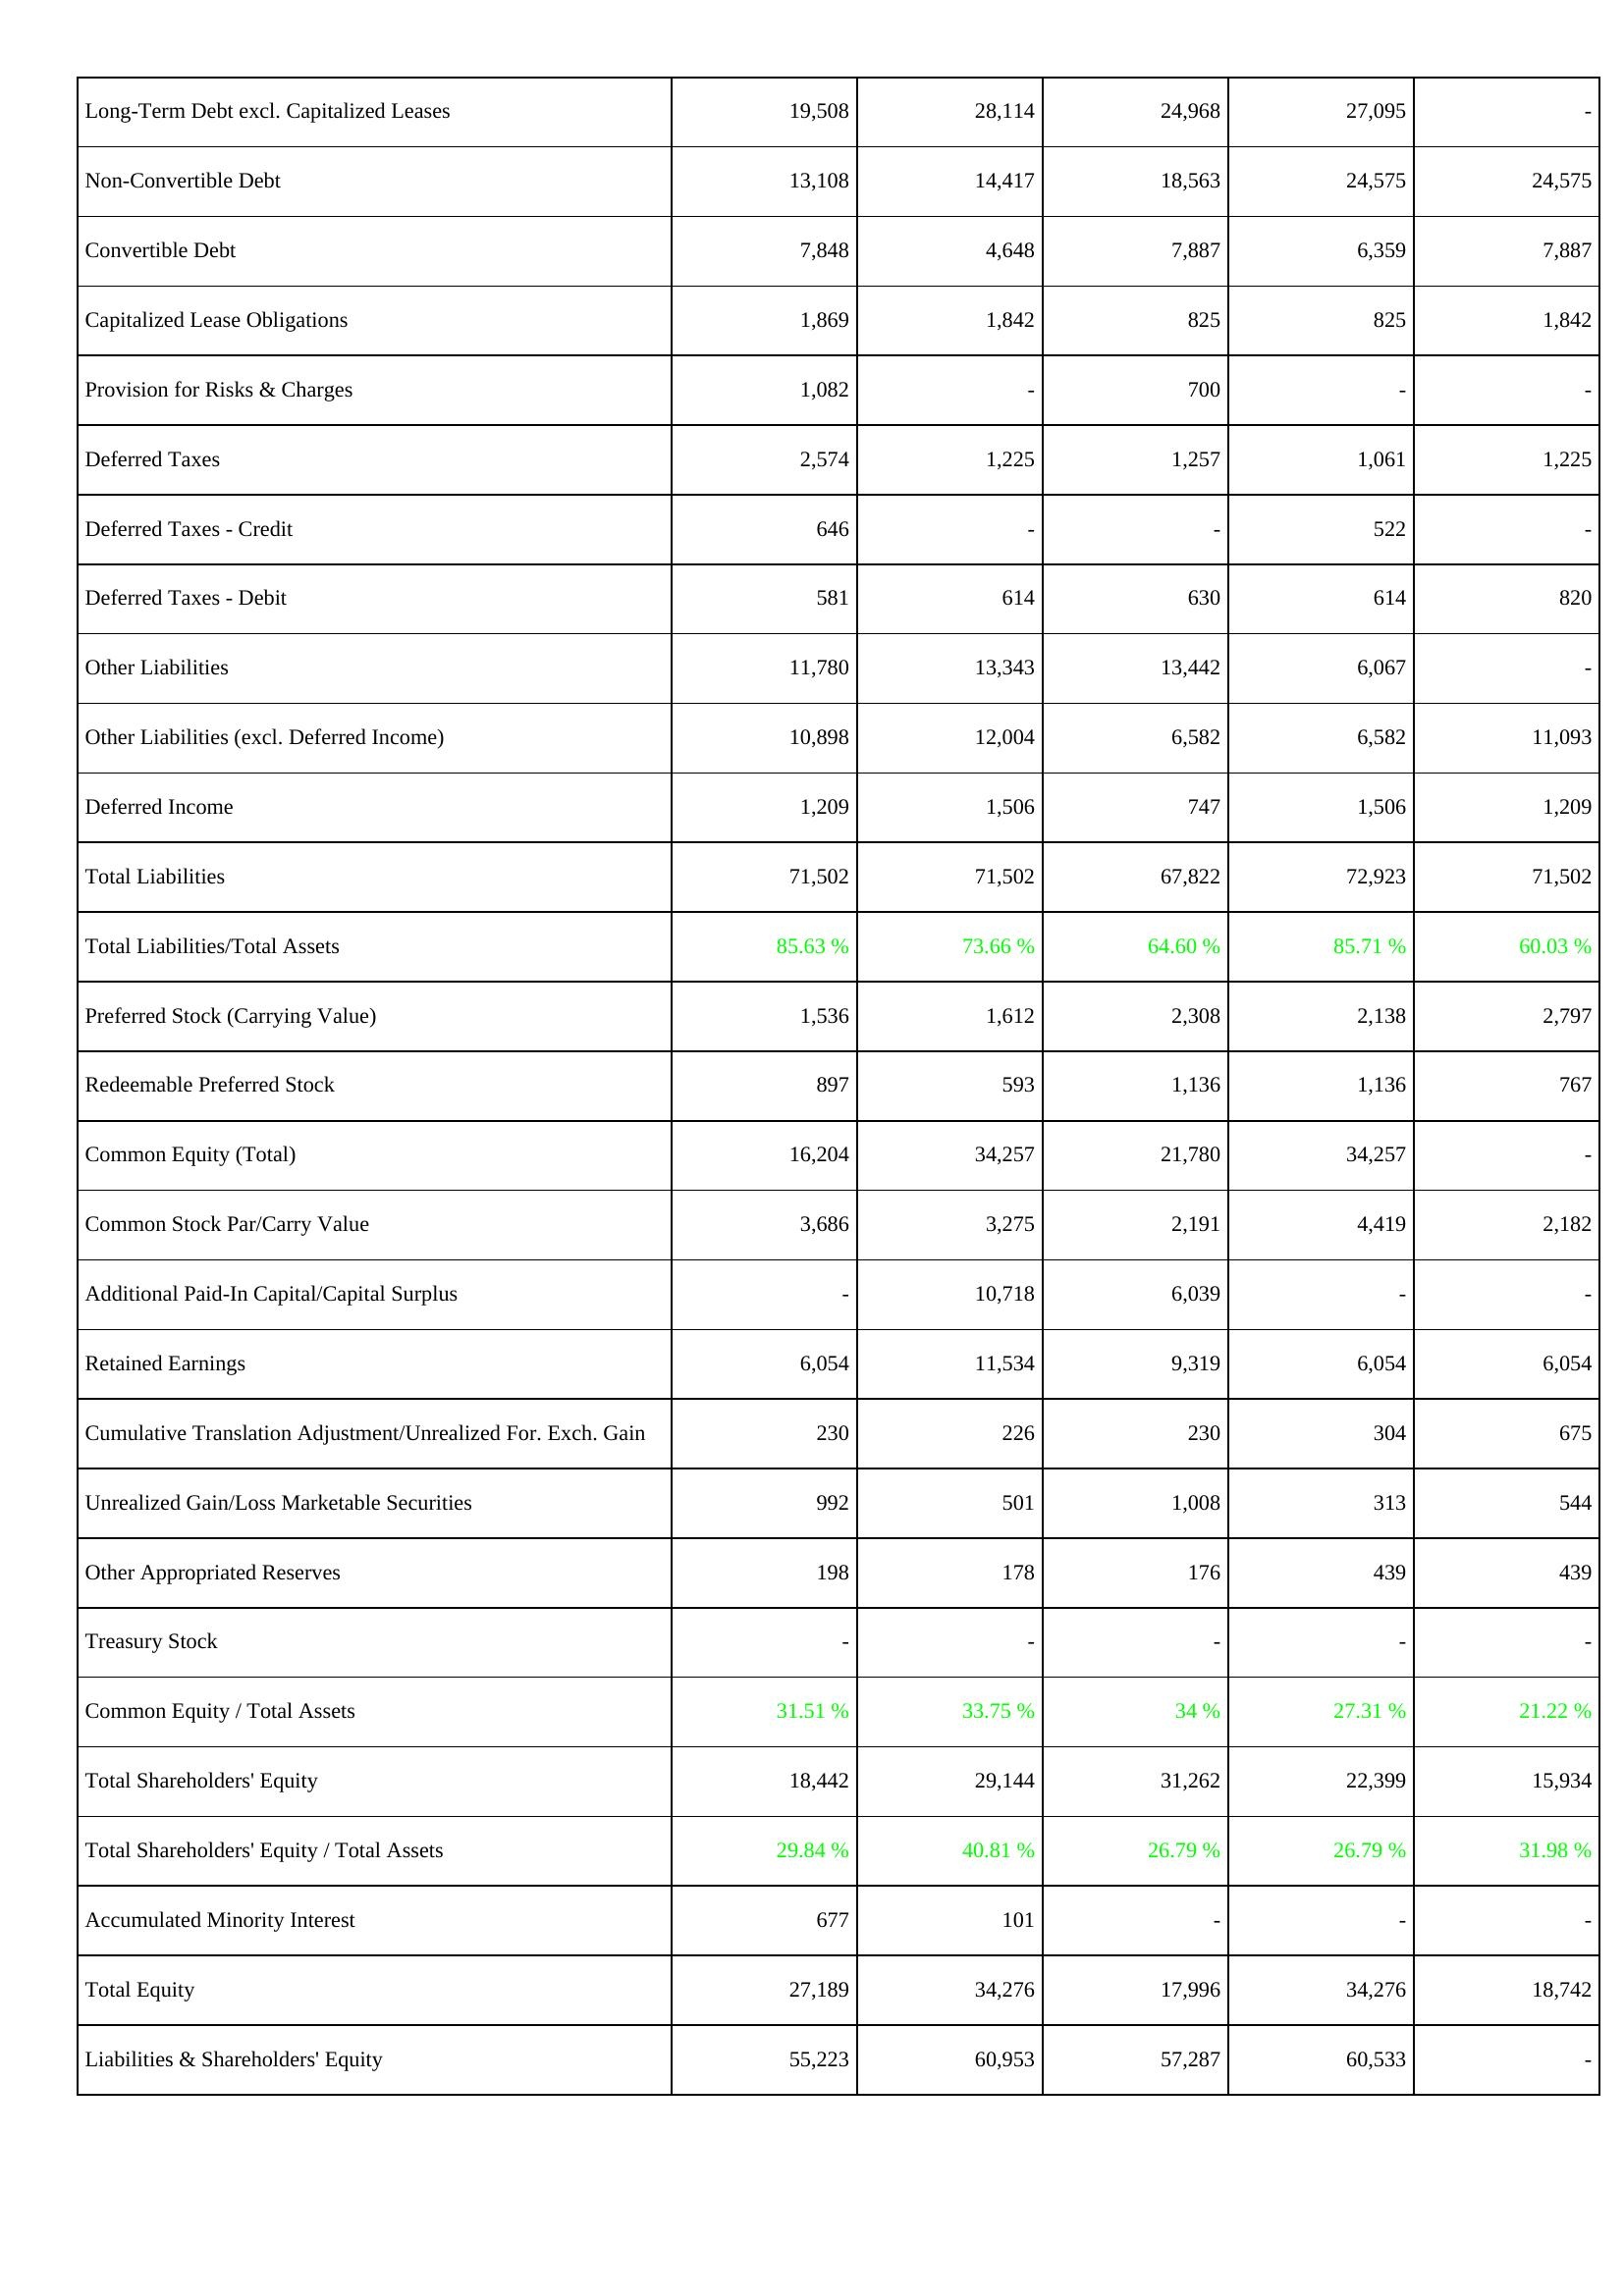
2009: Liabilities & Shareholders' Equity: Long-Term Debt excl. Capitalized Leases: 19,508
Non-Convertible Debt: 13,108
Convertible Debt: 7,848
Capitalized Lease Obligations: 1,869
Provision for Risks & Charges: 1,082
Deferred Taxes: 2,574
Deferred Taxes - Credit: 646
Deferred Taxes - Debit: 581
Other Liabilities: 11,780
Other Liabilities (excl. Deferred Income): 10,898
Deferred Income: 1,209
Total Liabilities: 71,502
Total Liabilities/Total Assets: 85.63 %
Preferred Stock (Carrying Value): 1,536
Redeemable Preferred Stock: 897
Common Equity (Total): 16,204
Common Stock Par/Carry Value: 3,686
Additional Paid-In Capital/Capital Surplus: -
Retained Earnings: 6,054
Cumulative Translation Adjustment/Unrealized For. Exch. Gain: 230
Unrealized Gain/Loss Marketable Securities: 992
Other Appropriated Reserves: 198
Treasury Stock: -
Common Equity / Total Assets: 31.51 %
Total Shareholders' Equity: 18,442
Total Shareholders' Equity / Total Assets: 29.84 %
Accumulated Minority Interest: 677
Total Equity: 27,189
Liabilities & Shareholders' Equity: 55,223
2008: Liabilities & Shareholders' Equity: Long-Term Debt excl. Capitalized Leases: 28,114
Non-Convertible Debt: 14,417
Convertible Debt: 4,648
Capitalized Lease Obligations: 1,842
Provision for Risks & Charges: -
Deferred Taxes: 1,225
Deferred Taxes - Credit: -
Deferred Taxes - Debit: 614
Other Liabilities: 13,343
Other Liabilities (excl. Deferred Income): 12,004
Deferred Income: 1,506
Total Liabilities: 71,502
Total Liabilities/Total Assets: 73.66 %
Preferred Stock (Carrying Value): 1,612
Redeemable Preferred Stock: 593
Common Equity (Total): 34,257
Common Stock Par/Carry Value: 3,275
Additional Paid-In Capital/Capital Surplus: 10,718
Retained Earnings: 11,534
Cumulative Translation Adjustment/Unrealized For. Exch. Gain: 226
Unrealized Gain/Loss Marketable Securities: 501
Other Appropriated Reserves: 178
Treasury Stock: -
Common Equity / Total Assets: 33.75 %
Total Shareholders' Equity: 29,144
Total Shareholders' Equity / Total Assets: 40.81 %
Accumulated Minority Interest: 101
Total Equity: 34,276
Liabilities & Shareholders' Equity: 60,953
2007: Liabilities & Shareholders' Equity: Long-Term Debt excl. Capitalized Leases: 24,968
Non-Convertible Debt: 18,563
Convertible Debt: 7,887
Capitalized Lease Obligations: 825
Provision for Risks & Charges: 700
Deferred Taxes: 1,257
Deferred Taxes - Credit: -
Deferred Taxes - Debit: 630
Other Liabilities: 13,442
Other Liabilities (excl. Deferred Income): 6,582
Deferred Income: 747
Total Liabilities: 67,822
Total Liabilities/Total Assets: 64.60 %
Preferred Stock (Carrying Value): 2,308
Redeemable Preferred Stock: 1,136
Common Equity (Total): 21,780
Common Stock Par/Carry Value: 2,191
Additional Paid-In Capital/Capital Surplus: 6,039
Retained Earnings: 9,319
Cumulative Translation Adjustment/Unrealized For. Exch. Gain: 230
Unrealized Gain/Loss Marketable Securities: 1,008
Other Appropriated Reserves: 176
Treasury Stock: -
Common Equity / Total Assets: 34 %
Total Shareholders' Equity: 31,262
Total Shareholders' Equity / Total Assets: 26.79 %
Accumulated Minority Interest: -
Total Equity: 17,996
Liabilities & Shareholders' Equity: 57,287
2006: Liabilities & Shareholders' Equity: Long-Term Debt excl. Capitalized Leases: 27,095
Non-Convertible Debt: 24,575
Convertible Debt: 6,359
Capitalized Lease Obligations: 825
Provision for Risks & Charges: -
Deferred Taxes: 1,061
Deferred Taxes - Credit: 522
Deferred Taxes - Debit: 614
Other Liabilities: 6,067
Other Liabilities (excl. Deferred Income): 6,582
Deferred Income: 1,506
Total Liabilities: 72,923
Total Liabilities/Total Assets: 85.71 %
Preferred Stock (Carrying Value): 2,138
Redeemable Preferred Stock: 1,136
Common Equity (Total): 34,257
Common Stock Par/Carry Value: 4,419
Additional Paid-In Capital/Capital Surplus: -
Retained Earnings: 6,054
Cumulative Translation Adjustment/Unrealized For. Exch. Gain: 304
Unrealized Gain/Loss Marketable Securities: 313
Other Appropriated Reserves: 439
Treasury Stock: -
Common Equity / Total Assets: 27.31 %
Total Shareholders' Equity: 22,399
Total Shareholders' Equity / Total Assets: 26.79 %
Accumulated Minority Interest: -
Total Equity: 34,276
Liabilities & Shareholders' Equity: 60,533
2005: Liabilities & Shareholders' Equity: Long-Term Debt excl. Capitalized Leases: -
Non-Convertible Debt: 24,575
Convertible Debt: 7,887
Capitalized Lease Obligations: 1,842
Provision for Risks & Charges: -
Deferred Taxes: 1,225
Deferred Taxes - Credit: -
Deferred Taxes - Debit: 820
Other Liabilities: -
Other Liabilities (excl. Deferred Income): 11,093
Deferred Income: 1,209
Total Liabilities: 71,502
Total Liabilities/Total Assets: 60.03 %
Preferred Stock (Carrying Value): 2,797
Redeemable Preferred Stock: 767
Common Equity (Total): -
Common Stock Par/Carry Value: 2,182
Additional Paid-In Capital/Capital Surplus: -
Retained Earnings: 6,054
Cumulative Translation Adjustment/Unrealized For. Exch. Gain: 675
Unrealized Gain/Loss Marketable Securities: 544
Other Appropriated Reserves: 439
Treasury Stock: -
Common Equity / Total Assets: 21.22 %
Total Shareholders' Equity: 15,934
Total Shareholders' Equity / Total Assets: 31.98 %
Accumulated Minority Interest: -
Total Equity: 18,742
Liabilities & Shareholders' Equity: -